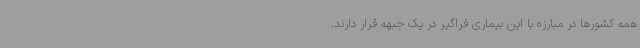
همه کشورها در مبارزه با این بیماری فراگیر در یک جبهه قرار دارند.